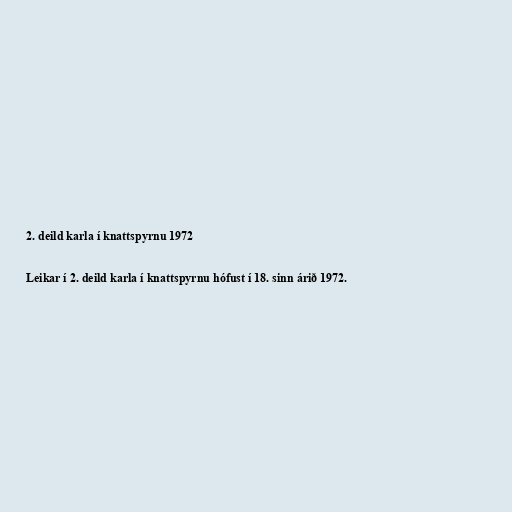
2. deild karla í knattspyrnu 1972

Leikar í 2. deild karla í knattspyrnu hófust í 18. sinn árið 1972.